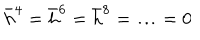
\bar { h } ^ { 4 } = \bar { h } ^ { 6 } = \bar { h } ^ { 8 } = \ldots = 0